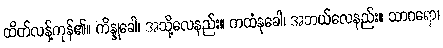
ထိတ်လန့်ကုန်၏။ ကိန္နုခေါ၊ အသို့လေနည်း။ ကထံနုခေါ၊ အဘယ်လေနည်း။ သာဂရော၊